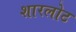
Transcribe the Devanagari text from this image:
शारलोट